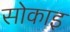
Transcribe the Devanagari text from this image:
सोकाइ